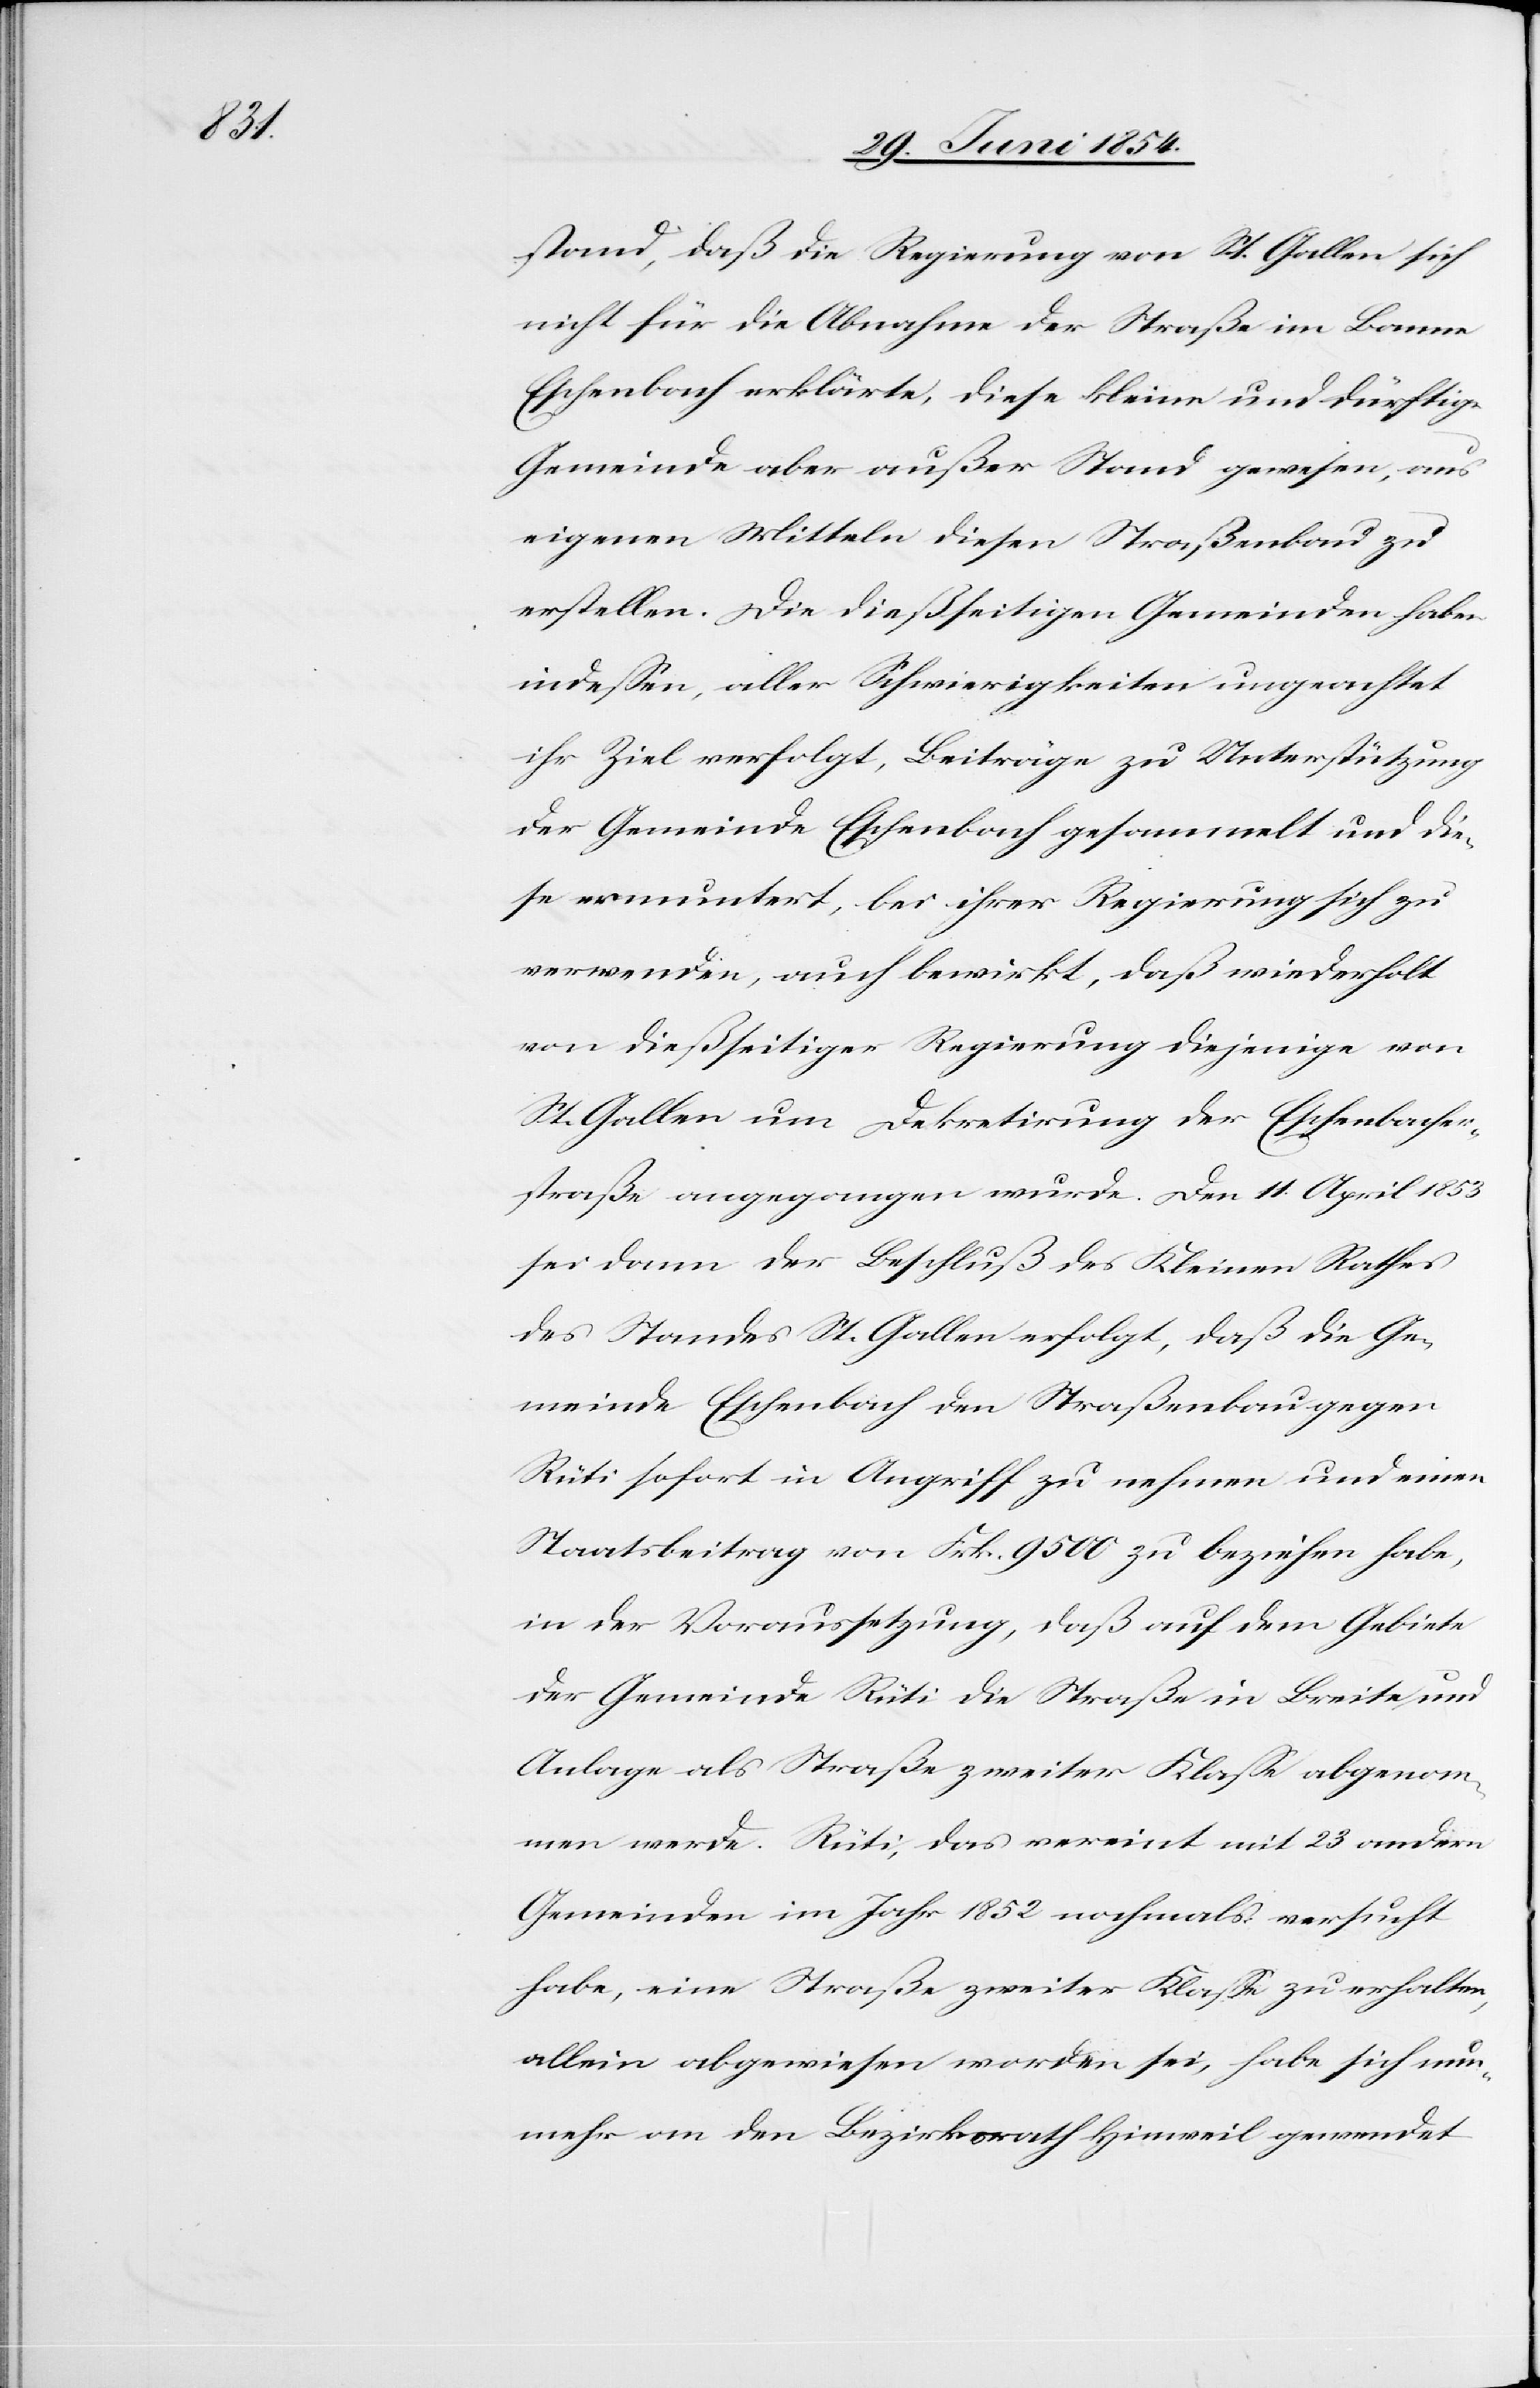
stand, daß die Regierung von St. Gallen sich
nicht für die Abnahme der Straße im Banne
Eschenbach erklärte, diese kleine und dürftige
Gemeinde aber außer Stand gewesen, aus
eigenen Mittel diesen Straßenbau zu
erstellen. Die dießseitigen Gemeinden haben
indeßen, aller Schwierigkeiten ungeachtet
ihr Ziel verfolgt, Beiträge zu Unterstützung
der Gemeinde Eschenbach gesammelt und die¬
se ermuntert, bei ihrer Regierung sich zu
verwenden,, auch bewirkt, daß wiederholt
von dießseitiger Regierung diejenige von
St. Gallen um Dekretirung der Eschenbacher¬
straße angegangen wurde. Den 11. April 1853
sei dann der Beschluß des Kleinen Rathes
des Standes St. Gallen erfolgt, daß die Ge¬
meinde Eschenbach den Straßenbau gegen
Rüti sofort in Angriff zu nehmen und einen
Staatsbeitrag von Frk. 9500 zu beziehen habe,
in der Voraussetzung, daß auf dem Gebiete
der Gemeinde Rüti die Straße in Breite und
Anlage als Straße zweiter Klaße abgenom¬
men werde. Rüti, das vereint mit 23 andern
Gemeinden im Jahr 1852 nochmals versucht
habe, eine Straße zweiter Klaße zu erhalten,
allein abgewiesen worden sei, habe sich nun¬
mehr an den Bezirksrath Hinweil gewendet